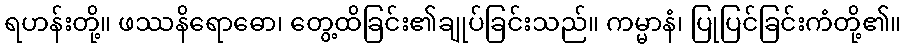
ရဟန်းတို့။ ဖဿနိရောဓော၊ တွေ့ထိခြင်း၏ချုပ်ခြင်းသည်။ ကမ္မာနံ၊ ပြုပြင်ခြင်းကံတို့၏။